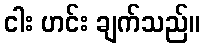
ငါး ဟင်း ချက်သည်။